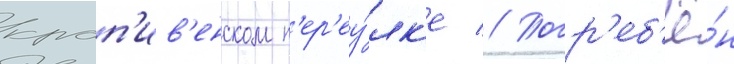
крап'ив'енском п'ер'еу́лк'е // Погр'еб'ё́н